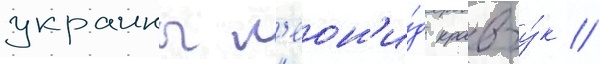
украины л'еон'и́д кравчу́к //